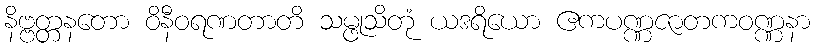
နိဗ္ဗတ္တနတော ဝိနီဝရဏတာတိ သမ္ဖုသိတုံ ယဒရိယော ဧကပဏ္ဏဇာတကဝဏ္ဏနာ